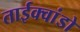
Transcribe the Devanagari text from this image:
ताईक्वांडो